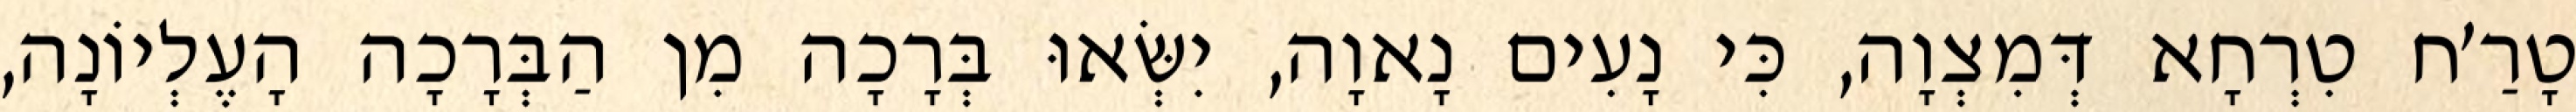
טָרַ׳ח טִרְחָא דְּמִצְוָה, כִּי נָעִים נָאוָה, יִשְּׂאוּ בְּרָכָה מִן הַבְּרָכָה הָעֶלְיוֹנָה,